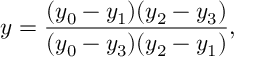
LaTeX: y = \frac { ( y _ { 0 } - y _ { 1 } ) ( y _ { 2 } - y _ { 3 } ) } { ( y _ { 0 } - y _ { 3 } ) ( y _ { 2 } - y _ { 1 } ) } ,